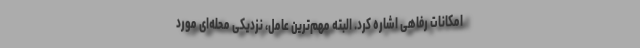
امکانات رفاهی اشاره کرد. البته مهم‌ترین عامل، نزدیکی محله‌ای مورد